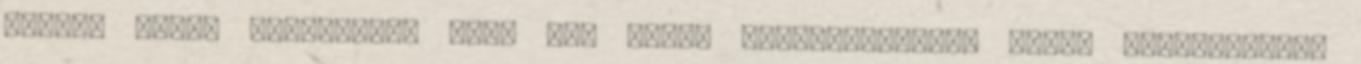
nevet. Amúgy lehet,hogy mint sok másik "újraélesztet" játék esetében,itt